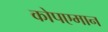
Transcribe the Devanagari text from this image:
कोपएमान